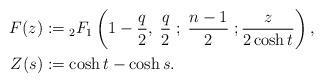
LaTeX: \begin{align*}F(z) &:= {}_2 F_1 \left( 1- \frac{q}{2}, \; \frac{q}{2} \; ; \; \frac{n-1}{2} \; ; \frac{ z }{ 2\cosh t } \right), \\Z(s) &:= \cosh t - \cosh s.\end{align*}